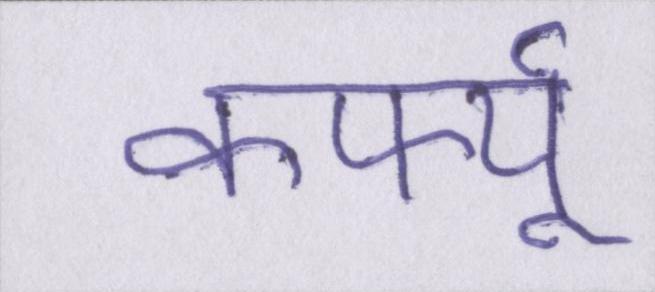
कर्फ्यू